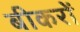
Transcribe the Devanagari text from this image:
बीकरों